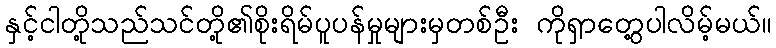
နှင့်ငါတို့သည်သင်တို့၏စိုးရိမ်ပူပန်မှုများမှတစ်ဦး ကိုရှာတွေ့ပါလိမ့်မယ်။